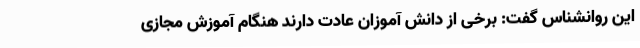
این روانشناس گفت: برخی از دانش آموزان عادت دارند هنگام آموزش مجازی